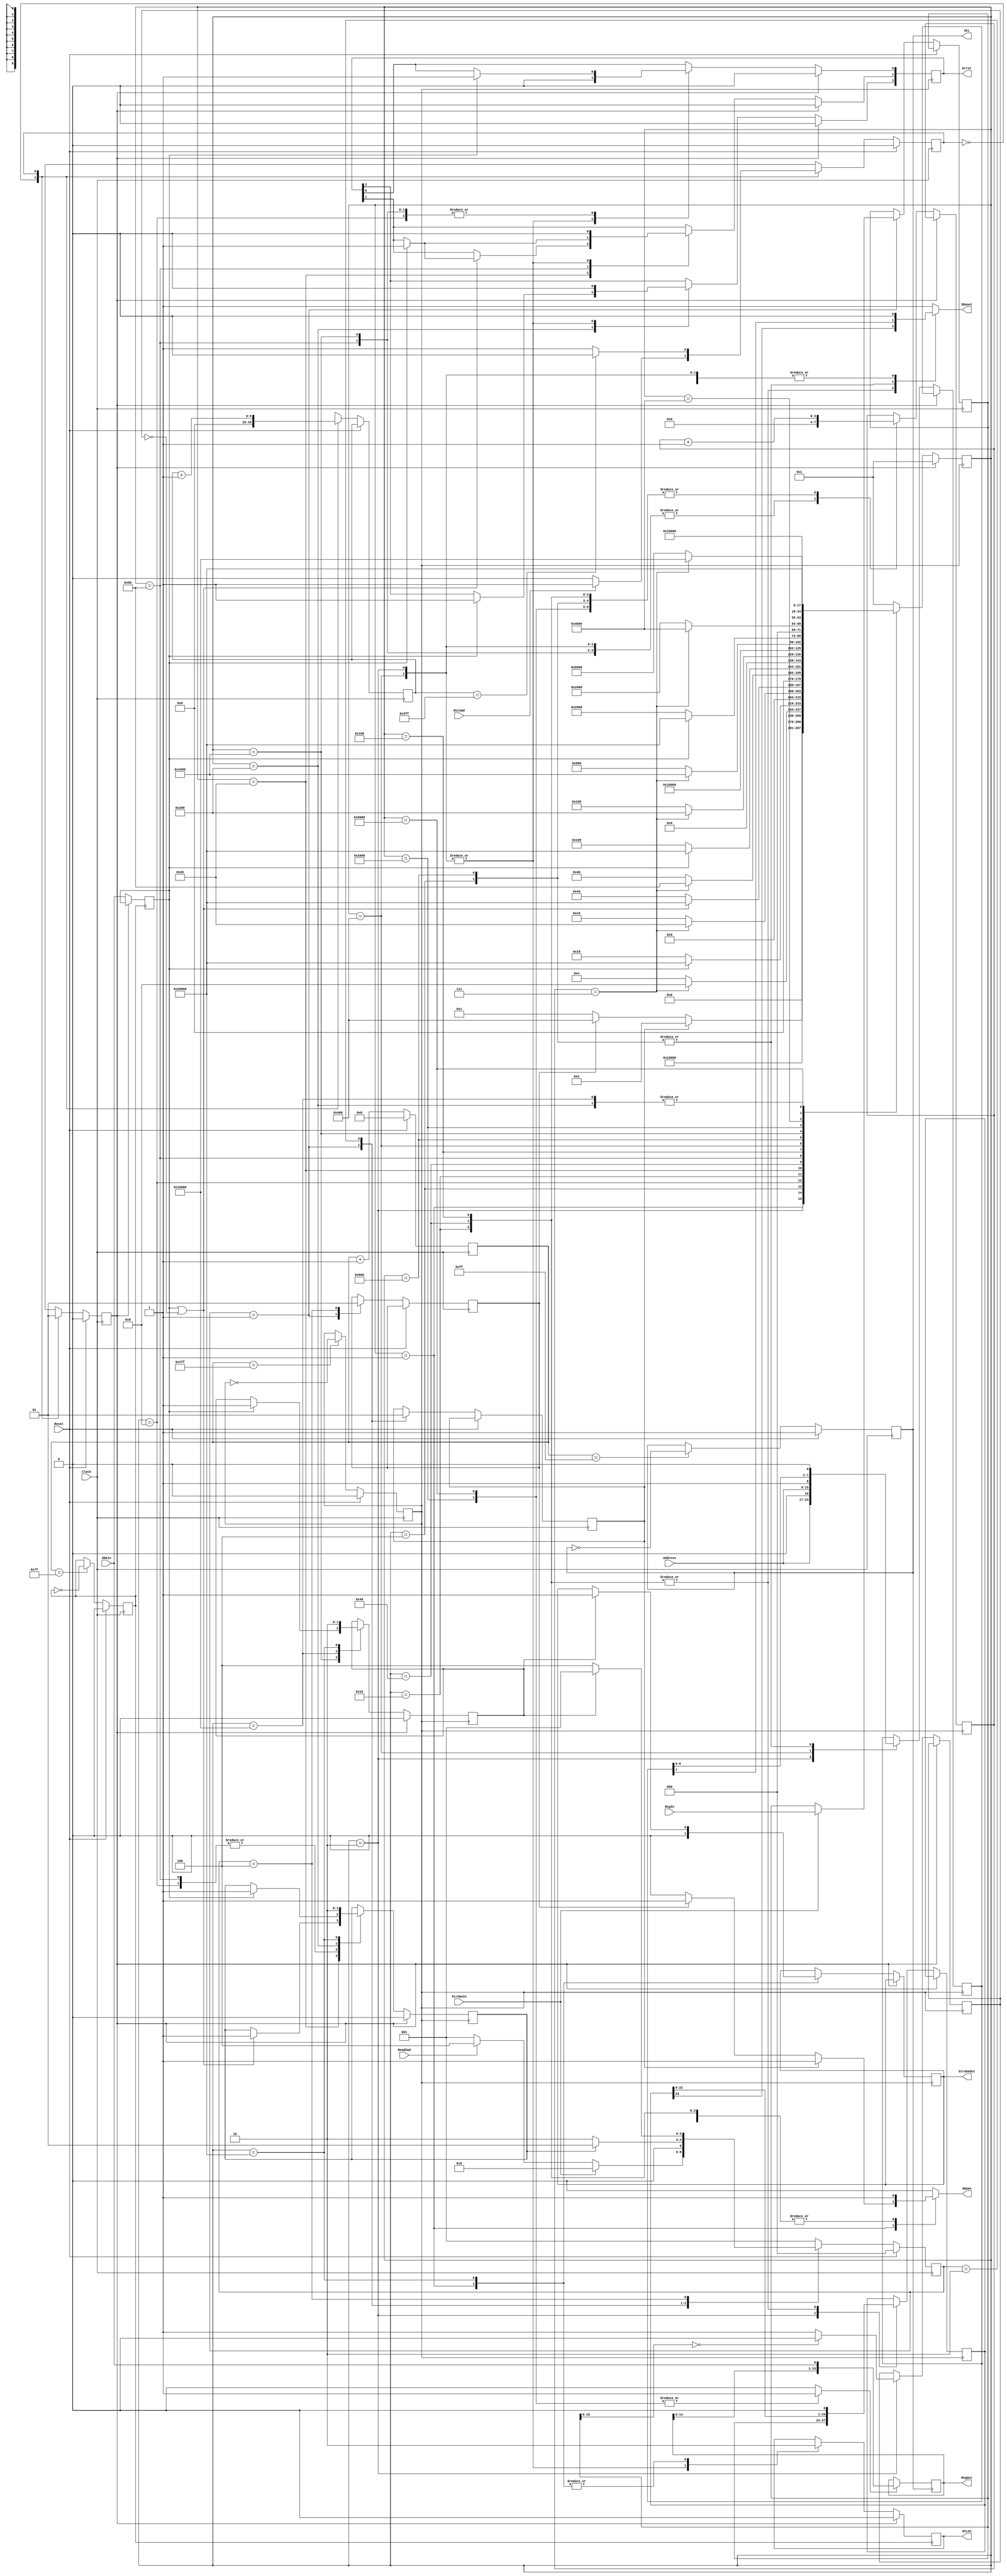
//FPGA code to load & read registers of the ina226 power monitors.
//The same code will work for the ads1013 ADC (I think).
//The first byte send to the ina226 is the i2c address plus R/W flag,
//as usual.  The 2nd byte is the address of the internal register.
//The 3rd and 4th bytes are the register contensts.  For reading back
//registers just the pointer register must be loaded by command.
//Then the next command can send an address and get back two bytes,
//for the register contents.  The configuration registers are R/W, while the results
//registers are read only.  See the ina226 data sheet for details.
//The tri-state buffers for the i2c signals are at the I/O ports of the FPGA
//R. Johnson,  February 2013
//July 23, 2013:  changed so that incoming SDA data is latched on the rising edge of SCL instead of SlowClk2
//August 7, 2013: wait 1 more clock cycle to lower SDA at start, and adjust SlowClk2
module LoadIna226(Error,RegOut,StrobeOut,SCL,SCLen,SDAout,SDAen,SDAin,RegIn,Address,StrobeIn,ReadCmd,Clock,RstCmd,Reset);
input Clock;			//Fast (100 MHz) clock from the FPGA
input Reset;			//Reset pulse one clock in length
input RstCmd;			//Pulse to reset the I2C state 
input [6:0] Address;	//i2c address of the ina226 chip
output SCL;				//i2c master clock (100 kHz)
output SCLen;			//enable for the SCL output
output SDAout;			//i2c SDA output signal
output SDAen;			//Enable for SDA output tri-state buffer
input SDAin;			//i2c SDA data coming from the ina226
input [23:0] RegIn;		//Input setting for the ina226 register from the DAQ
output [15:0] RegOut;	//Output ina226 register contents back to the DAQ
input StrobeIn;			//Signal that RegIn is valid and needs to be sent to the ina226
input ReadCmd;			//Signal to read the ina226 register contents and load into RegOut;
output StrobeOut;		//Signal that RegOut is valid and can be picked up by the DAQ
output [2:0] Error;		//Error flag:  1= failure to acknowledge address
						//             2= failure to acknowledge first byte
						//             3= failure to acknowledge second byte
						//             4= failure to acknowledge third byte

//This code assumes that the ina226 will acknowledge immediately.  If that is not the case, then
//this code will have to be modified to wait for the acknowledge.  In that case the SCL clock will
//have to pause after each byte.

//We assume that if the data bytes coming in are all zero, then we want only to load the pointer
//register (to prepare for a read).  That means we cannot load all zeros into any register.  So far
//I cannot see any possible need for that.  The power-on values are often all zero, but that is not
//a useful setting.

reg [15:0] RegOut;
reg SCL, SCLen;
reg SDAout, SDAen;
reg StrobeOut;
reg StrtRead;
reg [8:0] CntClk;
reg [3:0] CntBit;
reg [23:0] RegLatch;
reg [2:0] Error;

reg SlowClk, SlowClk2;
reg StrtSnd, DoneSnd, DoneRead;
reg [23:0] ina226reg;		//ina226 register contents to shift out to the ina226

reg StateR, NextStateR;
reg [9:0] CntR;
reg ResetI2C;
reg AreData;

//State machine to generate a long reset pulse for the i2c state machine
always @ (StateR or RstCmd or CntR) begin
	case (StateR)
		1'b0:	begin
					if (RstCmd) NextStateR = 1'b1;
					else NextStateR = 1'b0;
				end
		1'b1:	begin
					if (CntR == 1023) NextStateR = 1'b0;
					else NextStateR = 1'b1;
				end
	endcase
end

always @ (posedge Clock) begin
	if (Reset) begin
		ResetI2C <= 1'b0;
		StateR <= 1'b0;
	end else begin
		StateR <= NextStateR;
		case (StateR)
			1'b0:	begin
						CntR <= 0;
						ResetI2C <= 1'b0;
					end
			1'b1:	begin
						$display("%g\t Loadina226:  sending Reset pulse to the i2c state machine.",$time);
						CntR <= CntR + 1;
						ResetI2C <= 1'b1;
					end
		endcase
	end
end

//Fast interface state machine
parameter [2:0] WaitF = 3'b001;
parameter [2:0] SendF = 3'b010;
parameter [2:0] ReadF = 3'b100;

reg [2:0] StateF, NextStateF;

always @ (StateF or StrobeIn or ReadCmd or DoneSnd or DoneRead) begin
	case (StateF)
		WaitF:	begin
					if (StrobeIn) NextStateF = SendF;
					else if (ReadCmd) NextStateF = ReadF;
					else NextStateF = WaitF;
				end
		SendF: 	begin
					if (DoneSnd) NextStateF = WaitF;
					else NextStateF = SendF;
				end
		ReadF:	begin
					if (DoneRead) NextStateF = WaitF;
					else NextStateF = ReadF;
				end
		default: NextStateF = WaitF;
	endcase
end

always @ (posedge Clock) begin
	if (Reset) begin
		SlowClk <= 1'b0;
		SlowClk2 <= 1'b0;
		SCL <= 1'b1;
		StateF <= 1'b0;
		CntClk <= 0;
	end else begin
		StateF <= NextStateF;
		CntClk <= CntClk + 1;
		if (CntClk == 511) SlowClk <= ~SlowClk;		//Clock to control i2c data transitions
		if (CntClk == 255) SCL <= ~SCL;             //SCL 180 degrees out of phase w.r.t. data transitions
													//SCL is the i2c "clock".  SDA "data" transitions must only
													//occur while SCL is low, except for start and stop signals.
		if (CntClk == 127) SlowClk2 <= ~SlowClk2;   //Another phased clock, used to enable and disable SCL at the
													//correct times.
		case (StateF)
			WaitF:	begin
						StrtSnd <= 1'b0;
						StrtRead <= 1'b0;
						if (StrobeIn) begin
							RegLatch <= RegIn;
							$display("%g\t Loadina226:  inputing register data %b",$time,RegIn);
						end
						if (ReadCmd) $display("%g\t Loadina226:  read command received.",$time);
					end
			SendF:	begin
						StrtSnd <= 1'b1;
					end
			ReadF:	begin
						StrtRead <= 1'b1;
					end
		endcase
	end
end

//State machine with a slow i2c clock
parameter [17:0] Wait = 18'b000000000000000001;
parameter [17:0] SndR = 18'b000000000000000010;		//Send register contents to the ina226
parameter [17:0] Addr = 18'b000000000000000100;		//Send the 7-bit i2c address plus write bit
parameter [17:0] Ack1 = 18'b000000000000001000;		//Look for acknowledge from the ina226
parameter [17:0] Byt1 = 18'b000000000000010000;		//Send 8 bits to the ina226
parameter [17:0] Ack2 = 18'b000000000000100000;		//Look for acknowledge from the ina226
parameter [17:0] Byt2 = 18'b000000000001000000;		//Send another 8 bits to the ina226
parameter [17:0] Ack3 = 18'b000000000010000000;		//Look for acknowledge from the ina226
parameter [17:0] Byt3 = 18'b000000000100000000;		//Send 3rd byte to the ina226
parameter [17:0] Ack7 = 18'b000000001000000000;		//Look for acknowledge from the ina226
parameter [17:0] RdRg = 18'b000000010000000000;		//Read register contents from the ina226
parameter [17:0] Add1 = 18'b000000100000000000;		//Send the 7 bit i2c address plus read bit
parameter [17:0] Ack4 = 18'b000001000000000000;		//Look for acknowledge from the ina226
parameter [17:0] Byt4 = 18'b000010000000000000;		//Receive 8 bits from the ina226
parameter [17:0] Ack5 = 18'b000100000000000000;		//Send an acknowledge to the ina226
parameter [17:0] Byt5 = 18'b001000000000000000;		//Receive another 8 bits from the ina226
parameter [17:0] Nack = 18'b010000000000000000;		//Send a NACK to the ina226
parameter [17:0] Endt = 18'b100000000000000000;		//Set the stop signal to the ina226

reg [17:0] State, NextState;
reg [7:0] AddrI2C;
reg [23:0] RegI2C;
reg ReadEn, SDAinLat;

always @ (State or CntBit or SDAinLat or StrtSnd or StrtRead or RegI2C or SlowClk or AddrI2C or AreData) begin
	case (State)
		Wait:	begin
					ReadEn = 1'b0;
					SDAout = 1'b1;
					if (StrtSnd) begin
						NextState = SndR;
						SDAen = 1'b1;
					end else if (StrtRead) begin
						NextState = RdRg;
						SDAen = 1'b1;
					end else begin
						NextState = Wait;
						SDAen = 1'b0;
					end
				end
		SndR:	begin
					ReadEn = 1'b0;
					SDAout = 1'b0;	
					SDAen = 1'b1;
					NextState = Addr;
				end
		Addr:	begin
					ReadEn = 1'b0;
					SDAen = 1'b1;
					SDAout = AddrI2C[7];
					if (CntBit == 7) NextState = Ack1;
					else NextState = Addr;
				end
		Ack1:	begin
					ReadEn = 1'b0;
					SDAen = 1'b0;
					SDAout = 1'b1;
					if (SDAinLat) NextState = Endt;		//Failure of ina226 to acknowledge
					else NextState = Byt1;
				end
		Byt1:	begin
					ReadEn = 1'b0;
					SDAen = 1'b1;
					SDAout = RegI2C[23];
					if (CntBit == 7) NextState = Ack2;
					else NextState = Byt1;
				end
		Ack2:	begin
					ReadEn = 1'b0;
					SDAen = 1'b0;
					SDAout = 1'b1;
					if (SDAinLat | !AreData) NextState = Endt;
					else NextState = Byt2;
				end
		Byt2:	begin
					ReadEn = 1'b0;
					SDAen = 1'b1;
					SDAout = RegI2C[23];
					if (CntBit == 7) NextState = Ack3;
					else NextState = Byt2;
				end
		Ack3:	begin
					ReadEn = 1'b0;
					SDAen = 1'b0;
					SDAout = 1'b1;
					if (SDAinLat) NextState = Endt;
					else NextState = Byt3;
				end
		Byt3:	begin
					ReadEn = 1'b0;
					SDAen = 1'b1;
					SDAout = RegI2C[23];
					if (CntBit == 7) NextState = Ack7;
					else NextState = Byt3;
				end
		Ack7:	begin
					ReadEn = 1'b0;
					SDAen = 1'b0;
					SDAout = 1'b1;
					NextState = Endt;
				end		
		RdRg:	begin
					ReadEn = 1'b0;
					SDAen = 1'b1;
					SDAout = 1'b0;
					NextState = Add1;
				end
		Add1:	begin
					ReadEn = 1'b0;
					SDAen = 1'b1;
					SDAout = AddrI2C[7];
					if (CntBit == 7) NextState = Ack4;
					else NextState = Add1;
				end
		Ack4:	begin
					ReadEn = 1'b0;
					SDAen = 1'b0;
					SDAout = 1'b1;
					if (SDAinLat) NextState = Endt;		//Failure of ina226 to acknowledge
					else NextState = Byt4;
				end
		Byt4:	begin
					ReadEn = 1'b1;
					SDAen = 1'b0;
					SDAout = 1'b1;
					if (CntBit == 7) NextState = Ack5;
					else NextState = Byt4;					
				end
		Ack5:	begin
					ReadEn = 1'b0;
					SDAen = 1'b1;
					SDAout = 1'b0;
					NextState = Byt5;
				end
		Byt5:	begin
					ReadEn = 1'b1;
					SDAen = 1'b0;
					SDAout = 1'b1;
					if (CntBit == 7) NextState = Nack;
					else NextState = Byt5;
				end
		Nack:	begin
					ReadEn = 1'b0;
					SDAen = 1'b1;
					SDAout = 1'b1;
					NextState = Endt;
				end
		Endt:	begin
					ReadEn = 1'b0;
					SDAen = 1'b1;
					NextState = Wait;
					SDAout = 1'b0;
				end
		default: begin
					ReadEn = 1'b0;
					SDAen = 1'b0;
					SDAout = 1'b1;
					NextState = Wait;
				 end
	endcase
end

reg SDAprt, SCLprt;
always @ (SDAout or SDAen) begin
	if (SDAen) SDAprt = SDAout;
	else SDAprt = 1'b1;
end
always @ (SCL or SCLen) begin
	if (SCLen) SCLprt = SCL;
	else SCLprt = 1'b1;
end
initial begin
//	$display("                Time       State      SlowClk SCL SCLen SDAin SDAout SDAen ReadEn DoneSnd DoneRead CntBit   AddrI2C    RegI2C    StrtSnd    RegOut");
//	$monitor($time,"  %b   %b      %b    %b    %b     %b      %b      %b      %b       %b       %d    %b %b %b %b",State,SlowClk,SCLprt,SCLen,SDAin,SDAprt,SDAen,ReadEn,DoneSnd,DoneRead,CntBit,AddrI2C,RegI2C,StrtSnd,RegOut);
end

always @ (posedge SCL) begin
		if (ReadEn) RegOut <= {RegOut[14:0],SDAin};  //Shift in the register data
end

//Use the rising edge of SlowClk2 to control the enable and disable of SCL,
//in order to get the correct i2c start and stop conditions.  Note that SCL
//and SDA cannot transition at the same time, hence the need for the phase
//difference between SlowClk and SlowClk2.
always @ (posedge SlowClk2) begin
	if (ResetI2C) begin
		SCLen <= 1'b0;
	end else begin
//		if (ReadEn) RegOut <= {RegOut[14:0],SDAin};  //Shift in the data bits
		SDAinLat <= SDAin;    //Grab and hold the acknowledge signal long enough for it to be viewed
		case (State)
			Wait:	begin
						SCLen <= 1'b0;
					end
			SndR:	begin
						SCLen <= 1'b1;
					end
			RdRg:	begin
						SCLen <= 1'b1;
					end
			Endt:	begin
						SCLen <= 1'b0;
					end
		endcase
	end
end

//The rising edge of SlowClk controls all of the SDA data transitions.
always @ (posedge SlowClk) begin
	if (ResetI2C) begin
		State <= Wait;
		DoneSnd <= 1'b0;
		DoneRead <= 1'b0;
		Error <= 0;
	end else begin
		State <= NextState;
		case (State) 
			Wait:	begin
						StrobeOut <= 1'b0;
					end
			SndR:	begin
						CntBit <= 0;
						AddrI2C <= {Address,1'b0};   //Address plus write bit
						RegI2C <= RegLatch;  //Transfer from fast clocked register to slow clocked register
						if (RegLatch[15:0] == 0) AreData <= 1'b0;
						else AreData <= 1'b1;
						Error <= 0;
					end
			Addr:	begin
						CntBit <= CntBit + 1;
						AddrI2C <= {AddrI2C[6:0],1'b0};
					end
			Ack1:	begin
						CntBit <= 0;
						if (SDAinLat) begin
							DoneSnd <= 1'b1;
							Error[0] <= 1'b1;
						end
					end
			Byt1:	begin
						CntBit <= CntBit + 1;
						RegI2C <= {RegI2C[22:0],1'b0};
					end
			Ack2:	begin
						CntBit <= 0;
						if (SDAinLat | !AreData) begin
							DoneSnd <= 1'b1;
							if (SDAinLat) Error[1] <= 1'b1;
						end
					end
			Byt2:	begin
						CntBit <= CntBit + 1;
						RegI2C <= {RegI2C[22:0],1'b0};
					end
			Ack3:	begin
						CntBit <= 0;
						if (SDAinLat) begin
							DoneSnd <= 1'b1;
							Error[0] <= 1'b1;
							Error[1] <= 1'b1;
						end
					end
			Byt3:	begin
						CntBit <= CntBit + 1;
						RegI2C <= {RegI2C[22:0],1'b0};
					end
			Ack7:	begin
						DoneSnd <= 1'b1;
						if (SDAinLat) Error[2] <= 1'b1;
					end
			RdRg:	begin
						CntBit <= 0;
						AddrI2C <= {Address,1'b1};   //Address plus read bit
						Error <= 0;
					end
			Add1:	begin
						CntBit <= CntBit + 1;
						AddrI2C <= {AddrI2C[6:0],1'b0};
					end
			Ack4:	begin
						CntBit <= 0;
						if (SDAinLat) begin
							DoneRead <= 1'b1;
							Error[0] <= 1'b1;
						end
					end
			Byt4:	begin
						CntBit <= CntBit + 1;
					end
			Ack5:	begin
						CntBit <= 1'b0;
					end
			Byt5:	begin
						CntBit <= CntBit + 1;
					end
			Nack:	begin
						DoneRead <= 1'b1;
					end
			Endt:	begin
						DoneSnd <= 1'b0;
						DoneRead <= 1'b0;
						if (DoneRead) StrobeOut <= 1'b1;
					end
		endcase
	end
end

endmodule